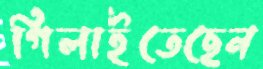
গিলাইতেছেন